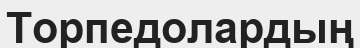
Торпедолардың